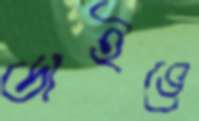
ডাইভে